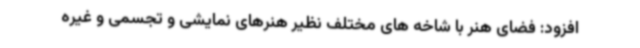
افزود: فضای هنر با شاخه های مختلف نظیر هنرهای نمایشی و تجسمی و غیره